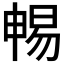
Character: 𣈱